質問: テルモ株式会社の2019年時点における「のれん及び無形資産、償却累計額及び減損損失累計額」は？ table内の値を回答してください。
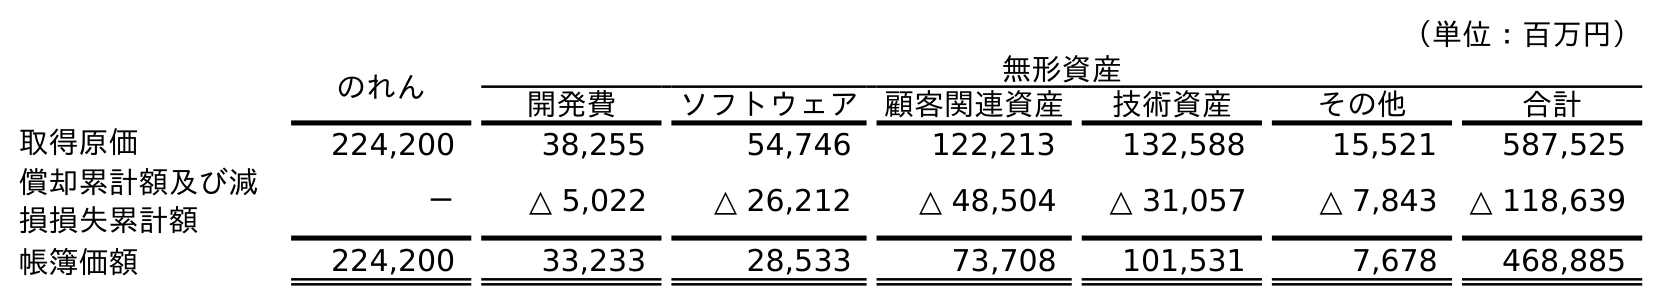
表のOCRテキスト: （単位：百万円） のれん 無形資産 開発費 ソフトウェア 顧客関連資産 技術資産 その他 合計 取得原価 224,200 38,255 54,746 122,213 132,588 15,521 587,525 償却累計額及び減 損損失累計額 － △ 5,022 △ 26,212 △ 48,504 △ 31,057 △ 7,843 △ 118,639 帳簿価額 224,200 33,233 28,533 73,708 101,531 7,678 468,885
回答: △118,639